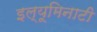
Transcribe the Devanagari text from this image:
इल्यूमिनाटी